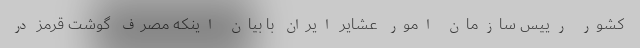
کشور رییس سازمان امور عشایر ایران با بیان اینکه مصرف گوشت قرمز در